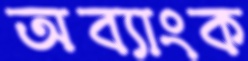
অব্যাংক